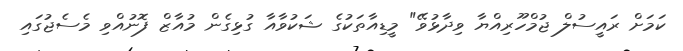
ކަމަށް ރައީސުލް ޖުމްހޫރިއްޔާ ވިދާޅުވޭ" މީޑިއާތަކުގެ ޝަކުވާއާ ގުޅިގެން މުއާޒް ފޮނުއްވި މެސެޖުގައި